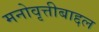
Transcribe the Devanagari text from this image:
मनोवृत्तीबाद्दल